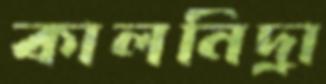
কালনিদ্রা